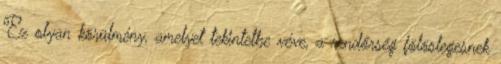
Ez olyan körülmény, amelyet tekintetbe véve, a rendőrség fölöslegesnek